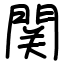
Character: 関